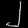
Digit: ၂